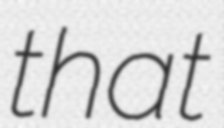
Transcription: that